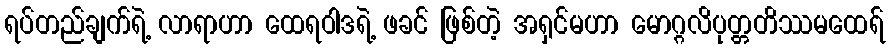
ရပ်တည်ချက်ရဲ့ လာရာဟာ ထေရဝါဒရဲ့ ဖခင် ဖြစ်တဲ့ အရှင်မဟာ မောဂ္ဂလိပုတ္တတိဿမထေရ်